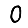
Digit: 0